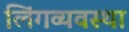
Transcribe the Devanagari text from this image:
लिंगव्यवस्था